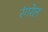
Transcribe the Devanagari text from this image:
रंगरेल